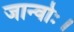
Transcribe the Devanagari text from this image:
जान्वोः।